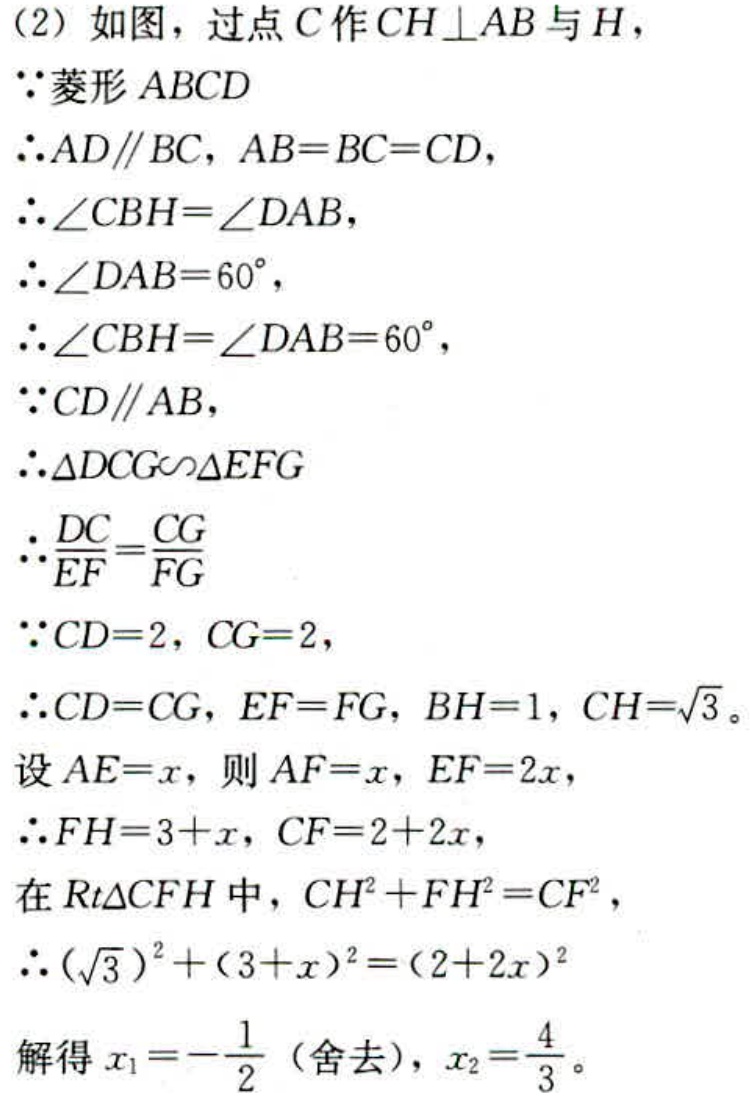
(2) 如图，过点 \(C\) 作 \(CH\perp AB\) 与 \(H\)，
\(\because\) 菱形 \(ABCD\)
\(\therefore AD\parallel BC\)，\(AB = BC = CD\)，
\(\therefore\angle CBH=\angle DAB\)，
\(\therefore\angle DAB = 60^{\circ}\)，
\(\therefore\angle CBH=\angle DAB = 60^{\circ}\)，
\(\because CD\parallel AB\)，
\(\therefore\triangle DCG\sim\triangle EFG\)
\(\therefore\frac{DC}{EF}=\frac{CG}{FG}\)
\(\because CD = 2\)，\(CG = 2\)，
\(\therefore CD = CG\)，\(EF = FG\)，\(BH = 1\)，\(CH=\sqrt{3}\)。
设 \(AE = x\)，则 \(AF = x\)，\(EF = 2x\)，
\(\therefore FH = 3 + x\)，\(CF = 2 + 2x\)，
在 \(Rt\triangle CFH\) 中，\(CH^{2}+FH^{2}=CF^{2}\)，
\(\therefore(\sqrt{3})^{2}+(3 + x)^{2}=(2 + 2x)^{2}\)
解得 \(x_{1}=-\frac{1}{2}\)（舍去），\(x_{2}=\frac{4}{3}\)。